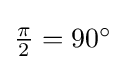
{\textstyle {\frac {\pi }{2}}=90^{\circ }}